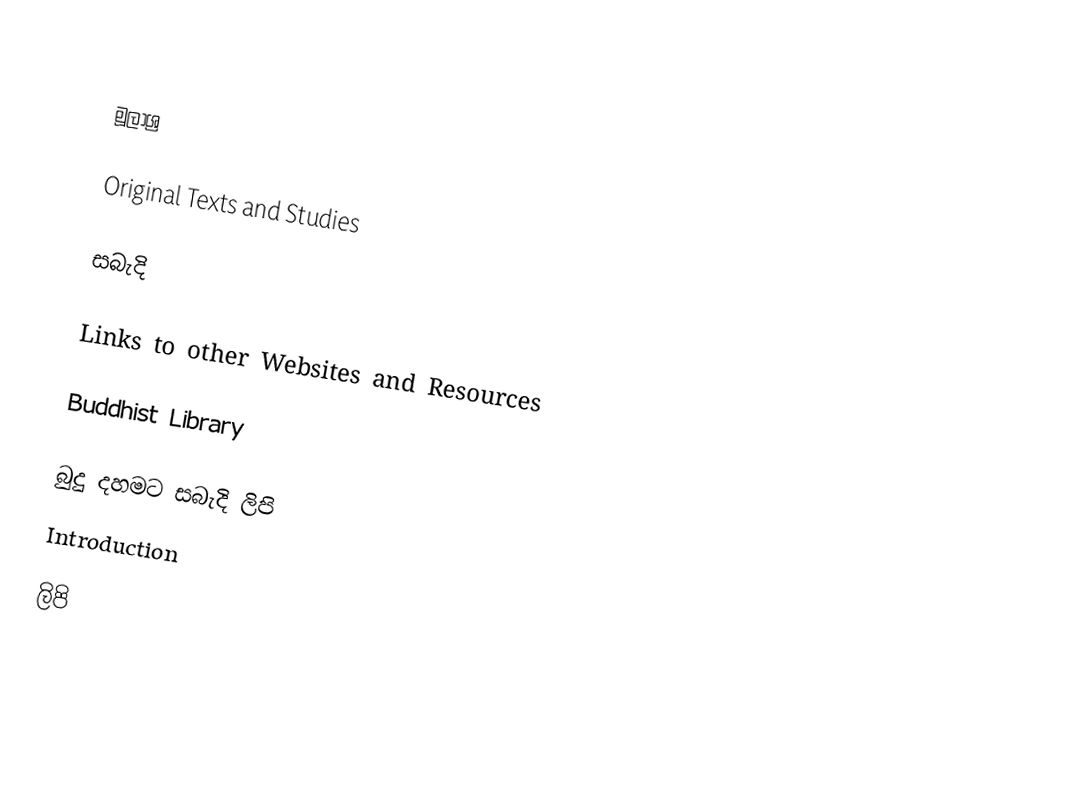

මූලාශ්‍ර

Original Texts and Studies

සබැදි

Links to other Websites and Resources

Buddhist Library

බුදු දහමට සබැදි ලිපි
Introduction

ලිපි